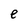
Character: e